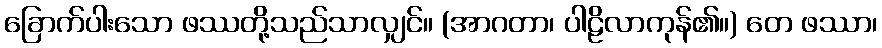
ခြောက်ပါးသော ဖဿတို့သည်သာလျှင်။ (အာဂတာ၊ ပါဠိလာကုန်၏။) တေ ဖဿာ၊